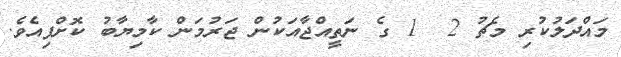
މައްދަލުކުރި މެޗު 2  1 ގެ ނަތީއްޖާއަކުން ޖަރުމަން ކާމިޔާބު ކޮށްފިއެވެ.